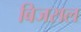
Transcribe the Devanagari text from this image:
बिजसल